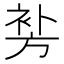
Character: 𲀪